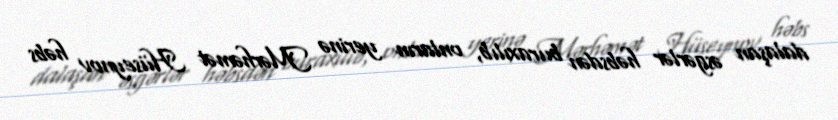
dalaşan əsgərlər həbsdən buraxılıb, onların yerinə Mərhəmət Hüseynov həbs